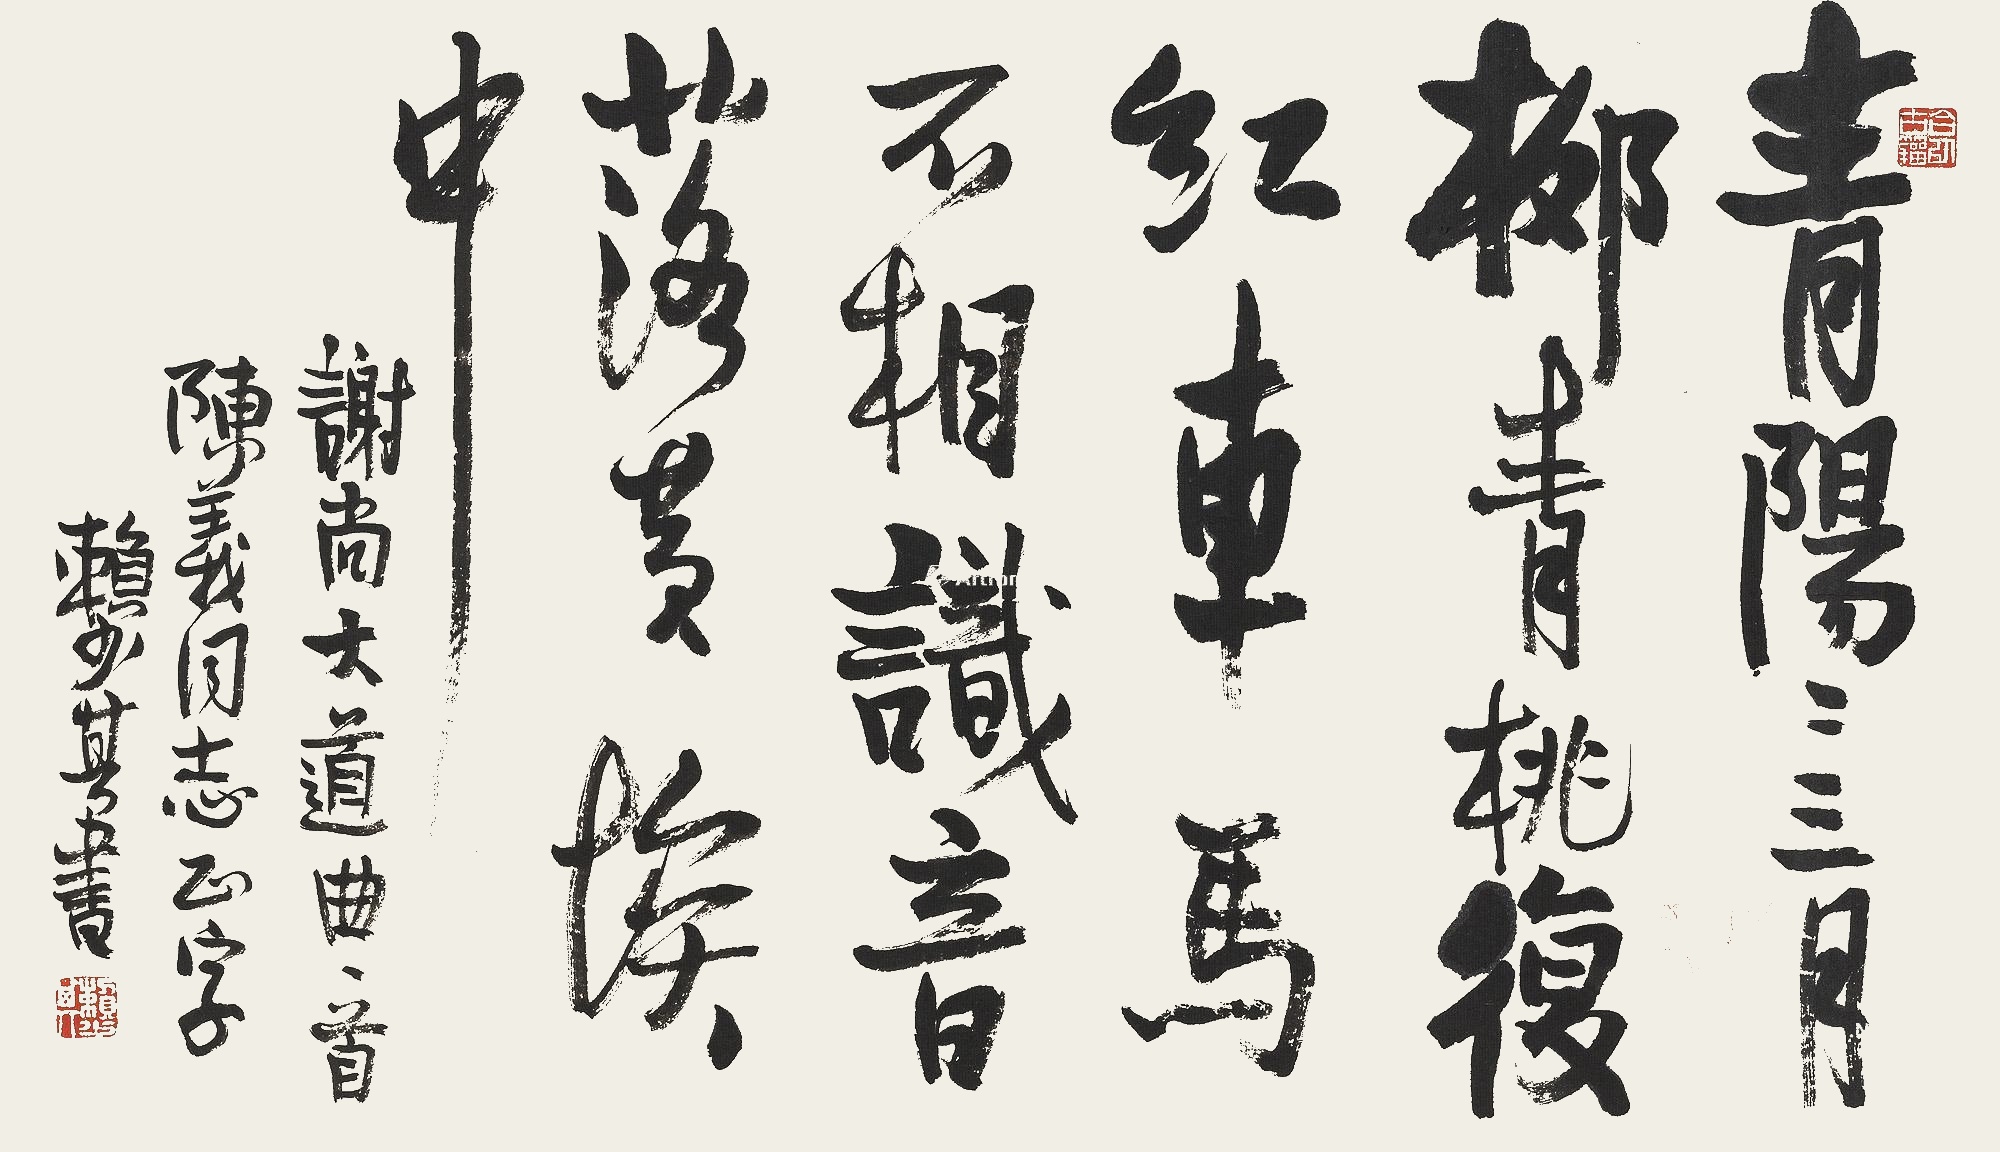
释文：青阳二三月，柳青桃复红。车马不相识，音落黄埃中。谢尚大道曲一首。陈义同志正字。赖少其书。